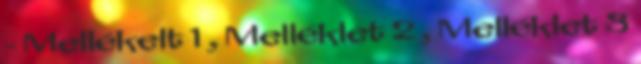
- Mellékelt 1 , Melléklet 2 , Melléklet 3